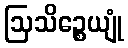
ဩသိဉ္စေယျုံ